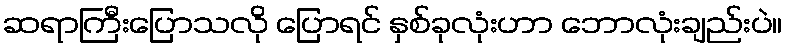
ဆရာကြီးပြောသလို ပြောရင် နှစ်ခုလုံးဟာ ဘောလုံးချည်းပဲ။